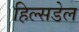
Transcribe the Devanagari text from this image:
हिल्सडेल